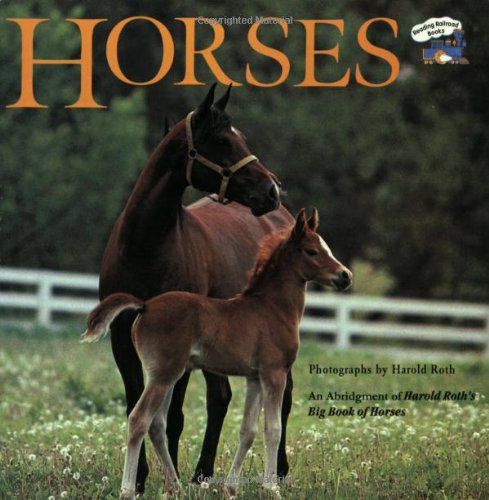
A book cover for Horses; Laura Driscoll; Children's Books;